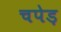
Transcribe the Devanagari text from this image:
चपेड़